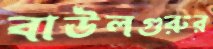
বাউলগুরুর